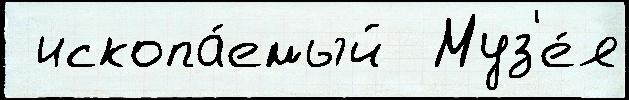
 ископа́емый  Муз'е́я